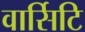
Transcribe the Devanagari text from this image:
वार्सिटि